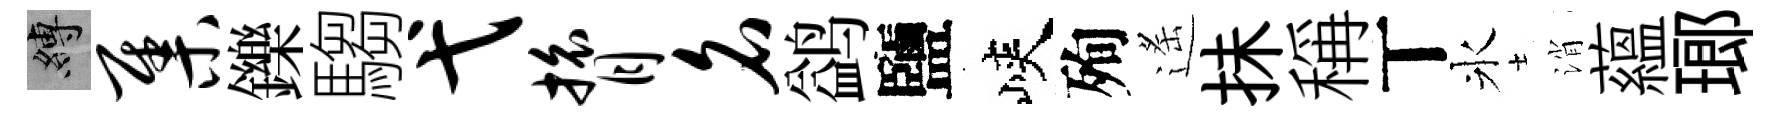
縛集鑠騶弋膂名鹢鹽峽殉遙抺稱丅氷消藴瑯